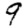
Digit: 9